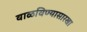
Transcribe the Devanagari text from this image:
वाळविण्यासारखा